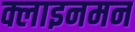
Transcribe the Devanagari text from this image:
क्लाइनमन